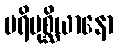
ပရိပုစ္ဆိယာနော